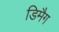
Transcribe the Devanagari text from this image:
डिमैग